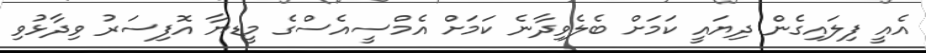
އެއީ ފިލައިގެން ދިޔައީ ކަމަށް ބެލެވިދާނެ ކަމަށް އެމްސީއެސްގެ މީޑޔާ އޮފިސަރު ވިދާޅުވި